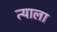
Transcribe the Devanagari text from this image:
त्‍याला